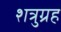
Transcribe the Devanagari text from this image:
शत्रुग्रह